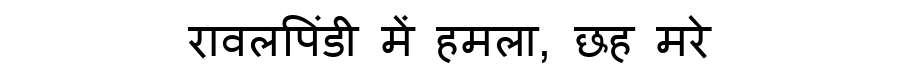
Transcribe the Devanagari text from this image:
रावलपिंडी में हमला, छह मरे